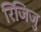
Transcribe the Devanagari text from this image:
रिजिजु